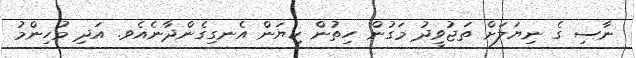
ނާސި ގެ ނިޔަލަށް ތަޖުވީދު މަގުން ހިތުން ކިޔަން އެނގިގެންދާނެއެވ. އަދި މުހިންމު